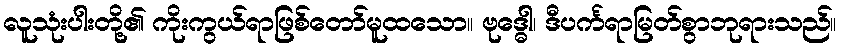
လူသုံးပါးတို့၏ ကိုးကွယ်ရာဖြစ်တော်မူထသော။ ဗုဒ္ဓေါ၊ ဒီပင်္ကရာမြတ်စွာဘုရားသည်။